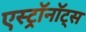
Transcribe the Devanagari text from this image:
एस्ट्राॅनाॅट्स